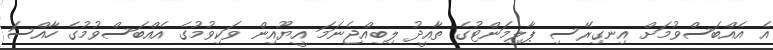
އެ އެއްބަސްވުމަށް އިނގިރޭސި ޕާލިމަންޓުގެ ތާއީދު ލިބިއްޖެނަމަ އީޔޫއިން ވަކިވުމުގެ އެއްބަސްވުމުގެ ހާއްސަ